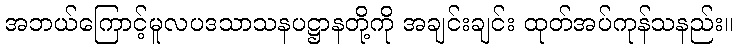
အဘယ်ကြောင့်မူလပဒသာသနပဋ္ဌာနတို့ကို အချင်းချင်း ထုတ်အပ်ကုန်သနည်း။